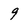
Character: 9